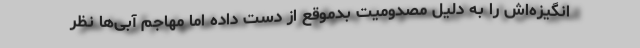
انگیزه‌اش را به دلیل مصدومیت بدموقع از دست داده اما مهاجم آبی‌ها نظر